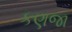
કણજા